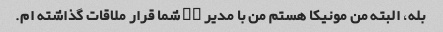
بله، البته من مونیکا هستم من با مدیر hr شما قرار ملاقات گذاشته ام.